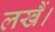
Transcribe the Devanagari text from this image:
लखैं।